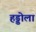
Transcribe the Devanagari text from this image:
हड्डोला